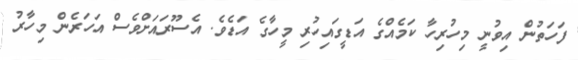
ފަހަތުން އިވުނީ މިހުރިހާ ކަމެއްގެ އަޑީގައިހުރި މީހާގެ އަޑެވެ. އެސޫރައަށްވެސް އަހަރެން މިހާރު